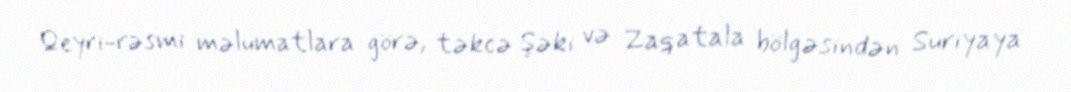
Qeyri-rəsmi məlumatlara görə, təkcə Şəki və Zaqatala bölgəsindən Suriyaya